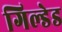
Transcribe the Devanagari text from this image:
गिल्डेड